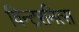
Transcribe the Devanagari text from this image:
विन्टरनित्स